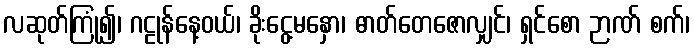
လဆုတ်ကြုံ၍၊ ဂဠုန်နေ့ဝယ်၊ ခိုးငွေ့မနှော၊ ဓာတ်တေဇောလျှင်၊ ရှင်စော ဉာဏ် စက်၊